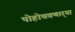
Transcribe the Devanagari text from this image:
पोहोचवणार्‍या